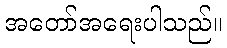
အတော်အရေးပါသည်။